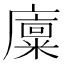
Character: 𪪨